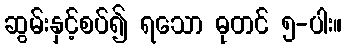
ဆွမ်းနှင့်စပ်၍ ရသော ဓုတင် ၅-ပါး။